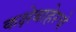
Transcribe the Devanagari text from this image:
कक्षेबाहेरचे